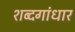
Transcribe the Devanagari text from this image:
शब्दगांधार